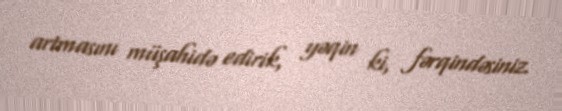
artmasını müşahidə edirik, yəqin ki, fərqindəsiniz.